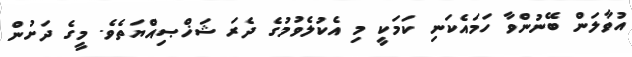
އުވާލަން ބޭނުންވާ ހަމައެކަނި ކަމަކީ މި އެކުލެވުމުގެ ދެރަ ޝަޚްޞިއްޔަތެވެ. މީގެ ދަށުން